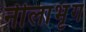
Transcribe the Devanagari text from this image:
नीलाभृंग